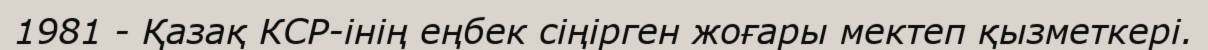
1981 - Қазақ КСР-інің еңбек сіңірген жоғары мектеп қызметкері.